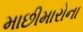
માછીમારોના